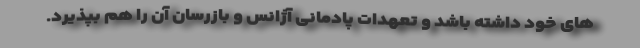
های خود داشته باشد و تعهدات پادمانی آژانس و بازرسان آن را هم بپذیرد.